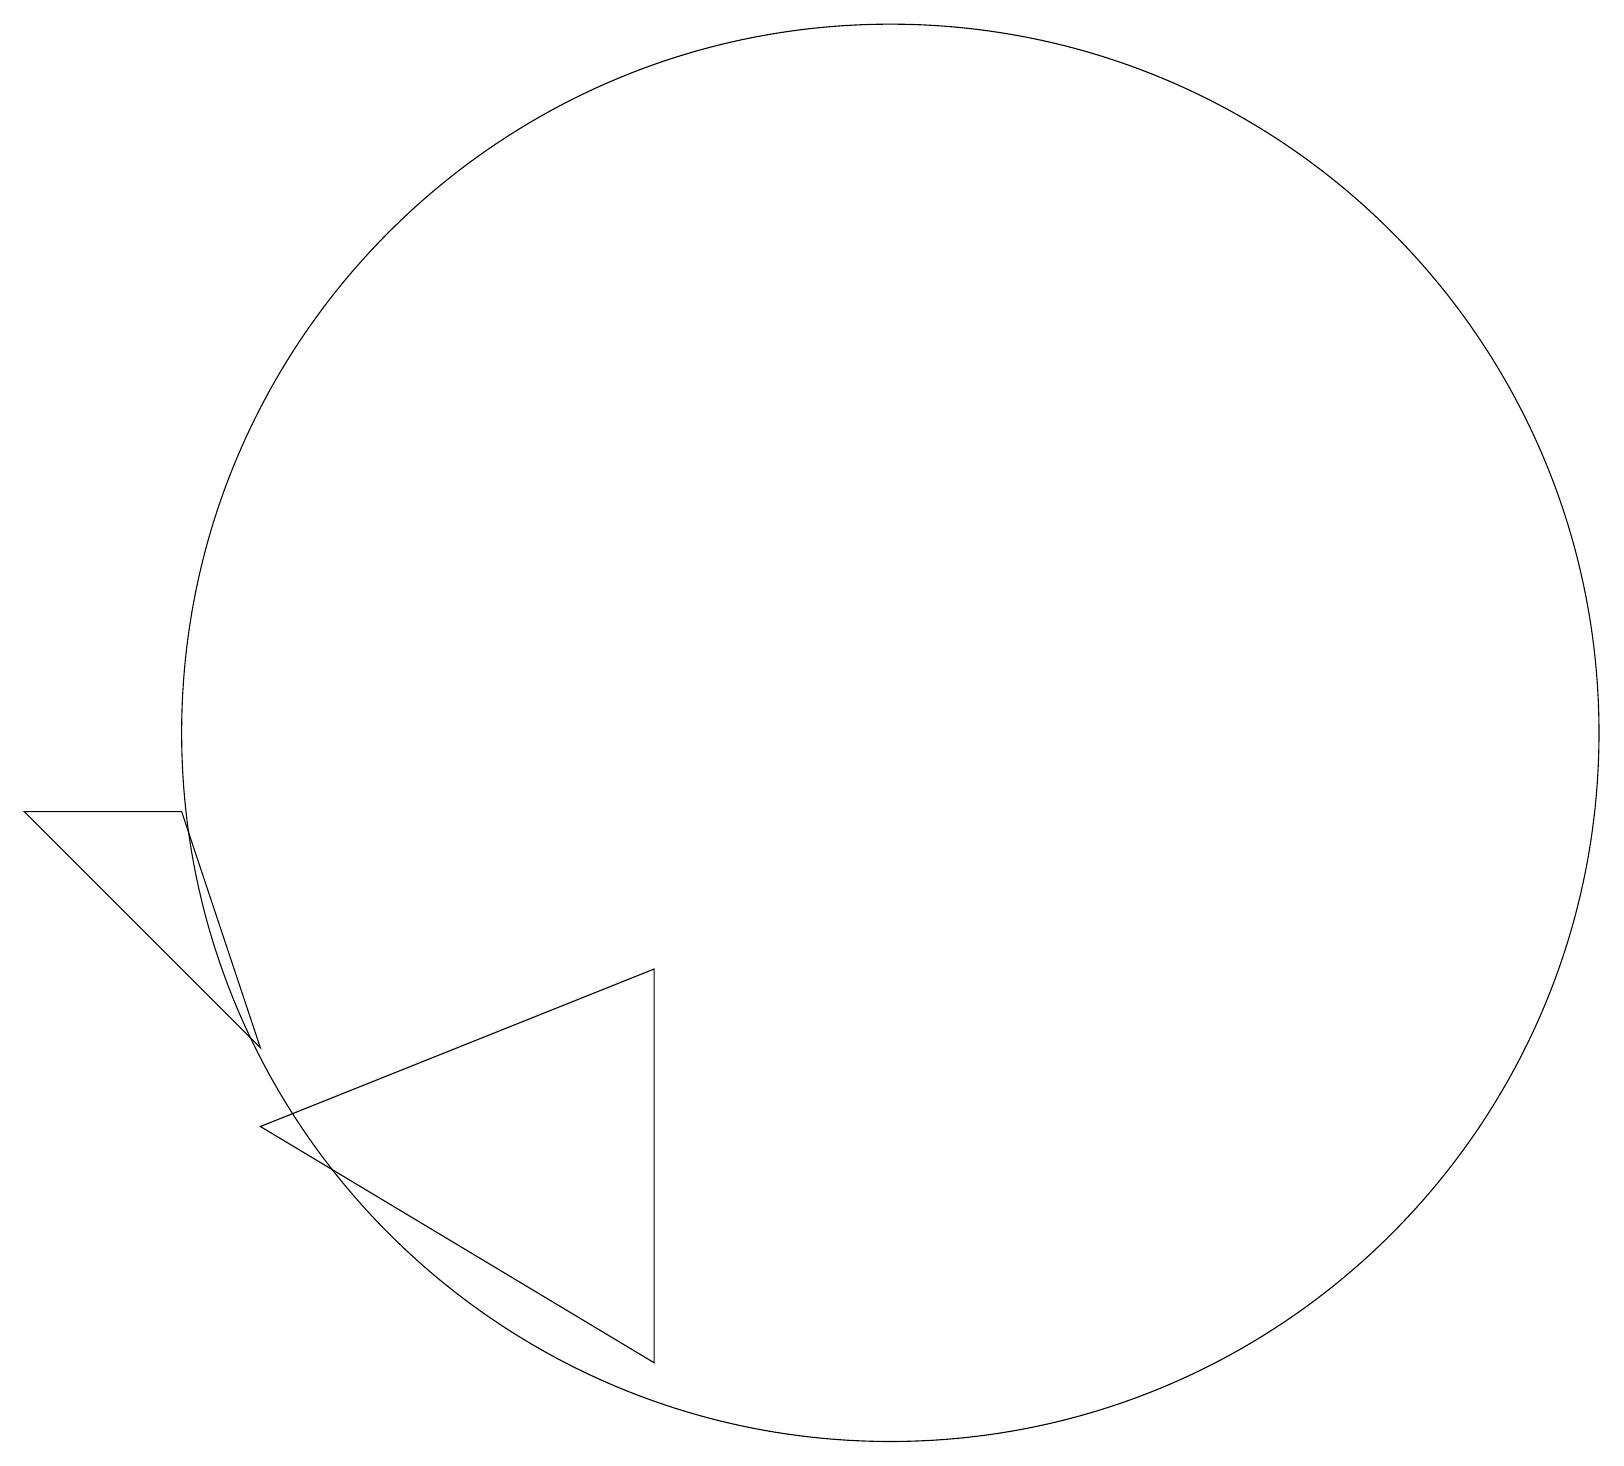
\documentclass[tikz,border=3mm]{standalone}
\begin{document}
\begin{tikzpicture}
\draw (12,10) circle (9);
\draw (4,6) -- (1,9) -- (3,9) -- cycle;
\draw (4,5) -- (9,2) -- (9,7) -- cycle;
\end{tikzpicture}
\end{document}